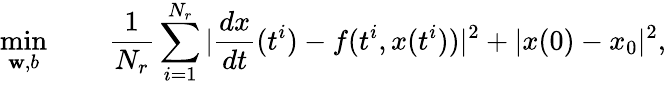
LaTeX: \operatorname*{min}_{\mathbf{w},b}\qquad\frac{{1}}{{N_{r}}}\sum_{i=1}^{N_{r}}|\frac{{dx}}{{dt}}(t^{i})-f(t^{i},x(t^{i}))|^{2}+|x(0)-x_{0}|^{2},